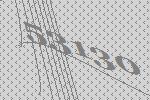
53130